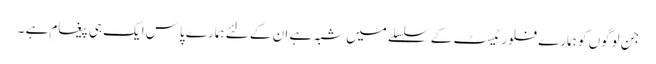
جن لوگوں کو ہمارے فلور ٹیسٹ کے سلسلے میں شبہ ہے ان کے لئے ہمارے پاس ایک ہی پیغام ہے ۔